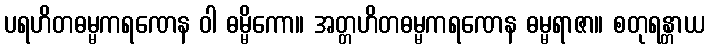
ပရဟိတဓမ္မကရဏေန ဝါ ဓမ္မိကော။ အတ္တဟိတဓမ္မကရဏေန ဓမ္မရာဇာ။ စတုရန္တာယ